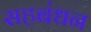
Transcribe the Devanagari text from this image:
सहबंधन